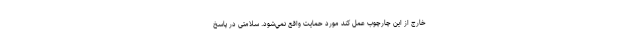
خارج از اين چارچوب عمل كند مورد حمايت واقع نمي‌شود. سلامتی در پاسخ